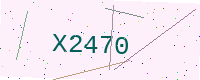
Text: X2470